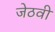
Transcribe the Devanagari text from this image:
जेठवी